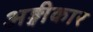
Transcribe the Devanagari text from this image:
अङ्गीकार